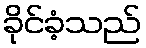
ခိုင်ခံ့သည်